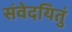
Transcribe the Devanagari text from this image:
संवेदयितुं